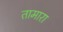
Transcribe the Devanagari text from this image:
तामारा